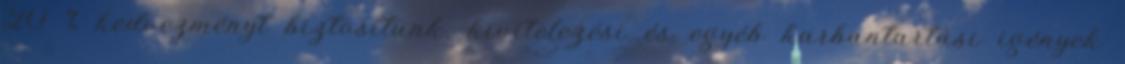
20 % kedvezményt biztosítunk, kivitelezési és egyéb karbantartási igények